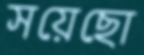
সয়েছো